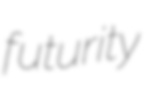
futurity